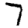
Digit: 7